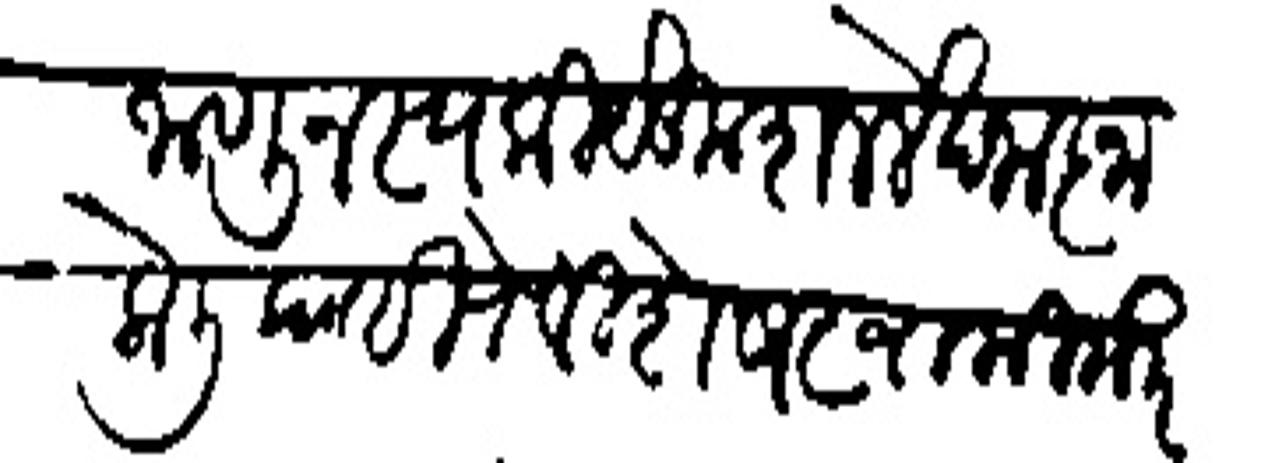
Transliteration (Devanagari): जाणून स्वकीये कुशल लेखनाज्ञा केली पाहिजे विशेष स्वामीकडून